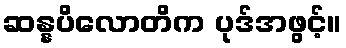
ဆန္နပိလောတိက ပုဒ်အဖွင့်။